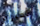
الأحترام